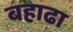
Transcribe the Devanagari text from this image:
बहाढा